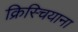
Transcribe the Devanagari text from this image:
क्रिस्चियाना